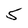
Character: 5